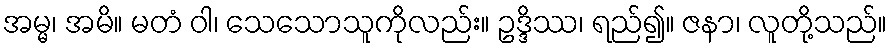
အမ္မ၊ အမိ။ မတံ ဝါ၊ သေသောသူကိုလည်း။ ဥဒ္ဒိဿ၊ ရည်၍။ ဇနာ၊ လူတို့သည်။